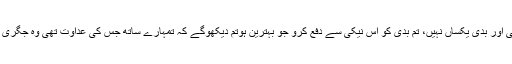
اور اے نبی صلی اللہ علیہ وسلم نیکی اور بدی یکساں نہیں، تم بدی کو اس نیکی سے دفع کرو جو بہترین ہوتم دیکھوگے کہ تمہارے ساتھ جس کی عداوت تھی وہ جگری دوست بن گیا‘‘(حم سجدہ :۳۳- ۳۴)۔